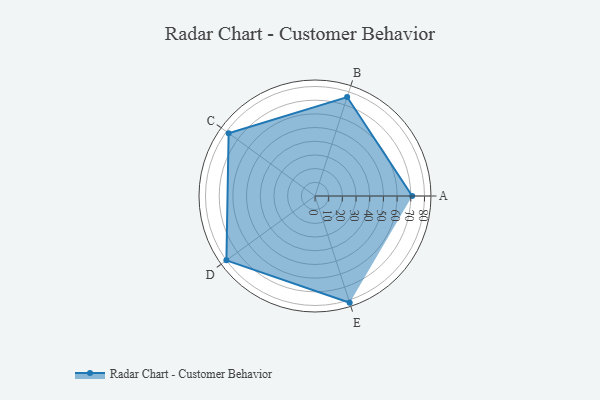
{"axis": {"x": "Skill", "y": "Score"}, "legend": ["Profile"], "data": [{"x": "A", "y": 71.0, "type": "Profile"}, {"x": "B", "y": 76.0, "type": "Profile"}, {"x": "C", "y": 78.0, "type": "Profile"}, {"x": "D", "y": 80.0, "type": "Profile"}, {"x": "E", "y": 82.0, "type": "Profile"}]}